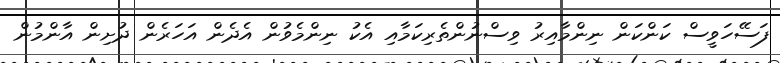
ފަސޭހަވީސް ކަންކަން ނިންމާއިރު ވިސްނުންތެރިކަމާއި އެކު ނިންމެވުން އެދެން އަހަރެން ދުށިން އާންމުން